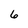
Character: 6